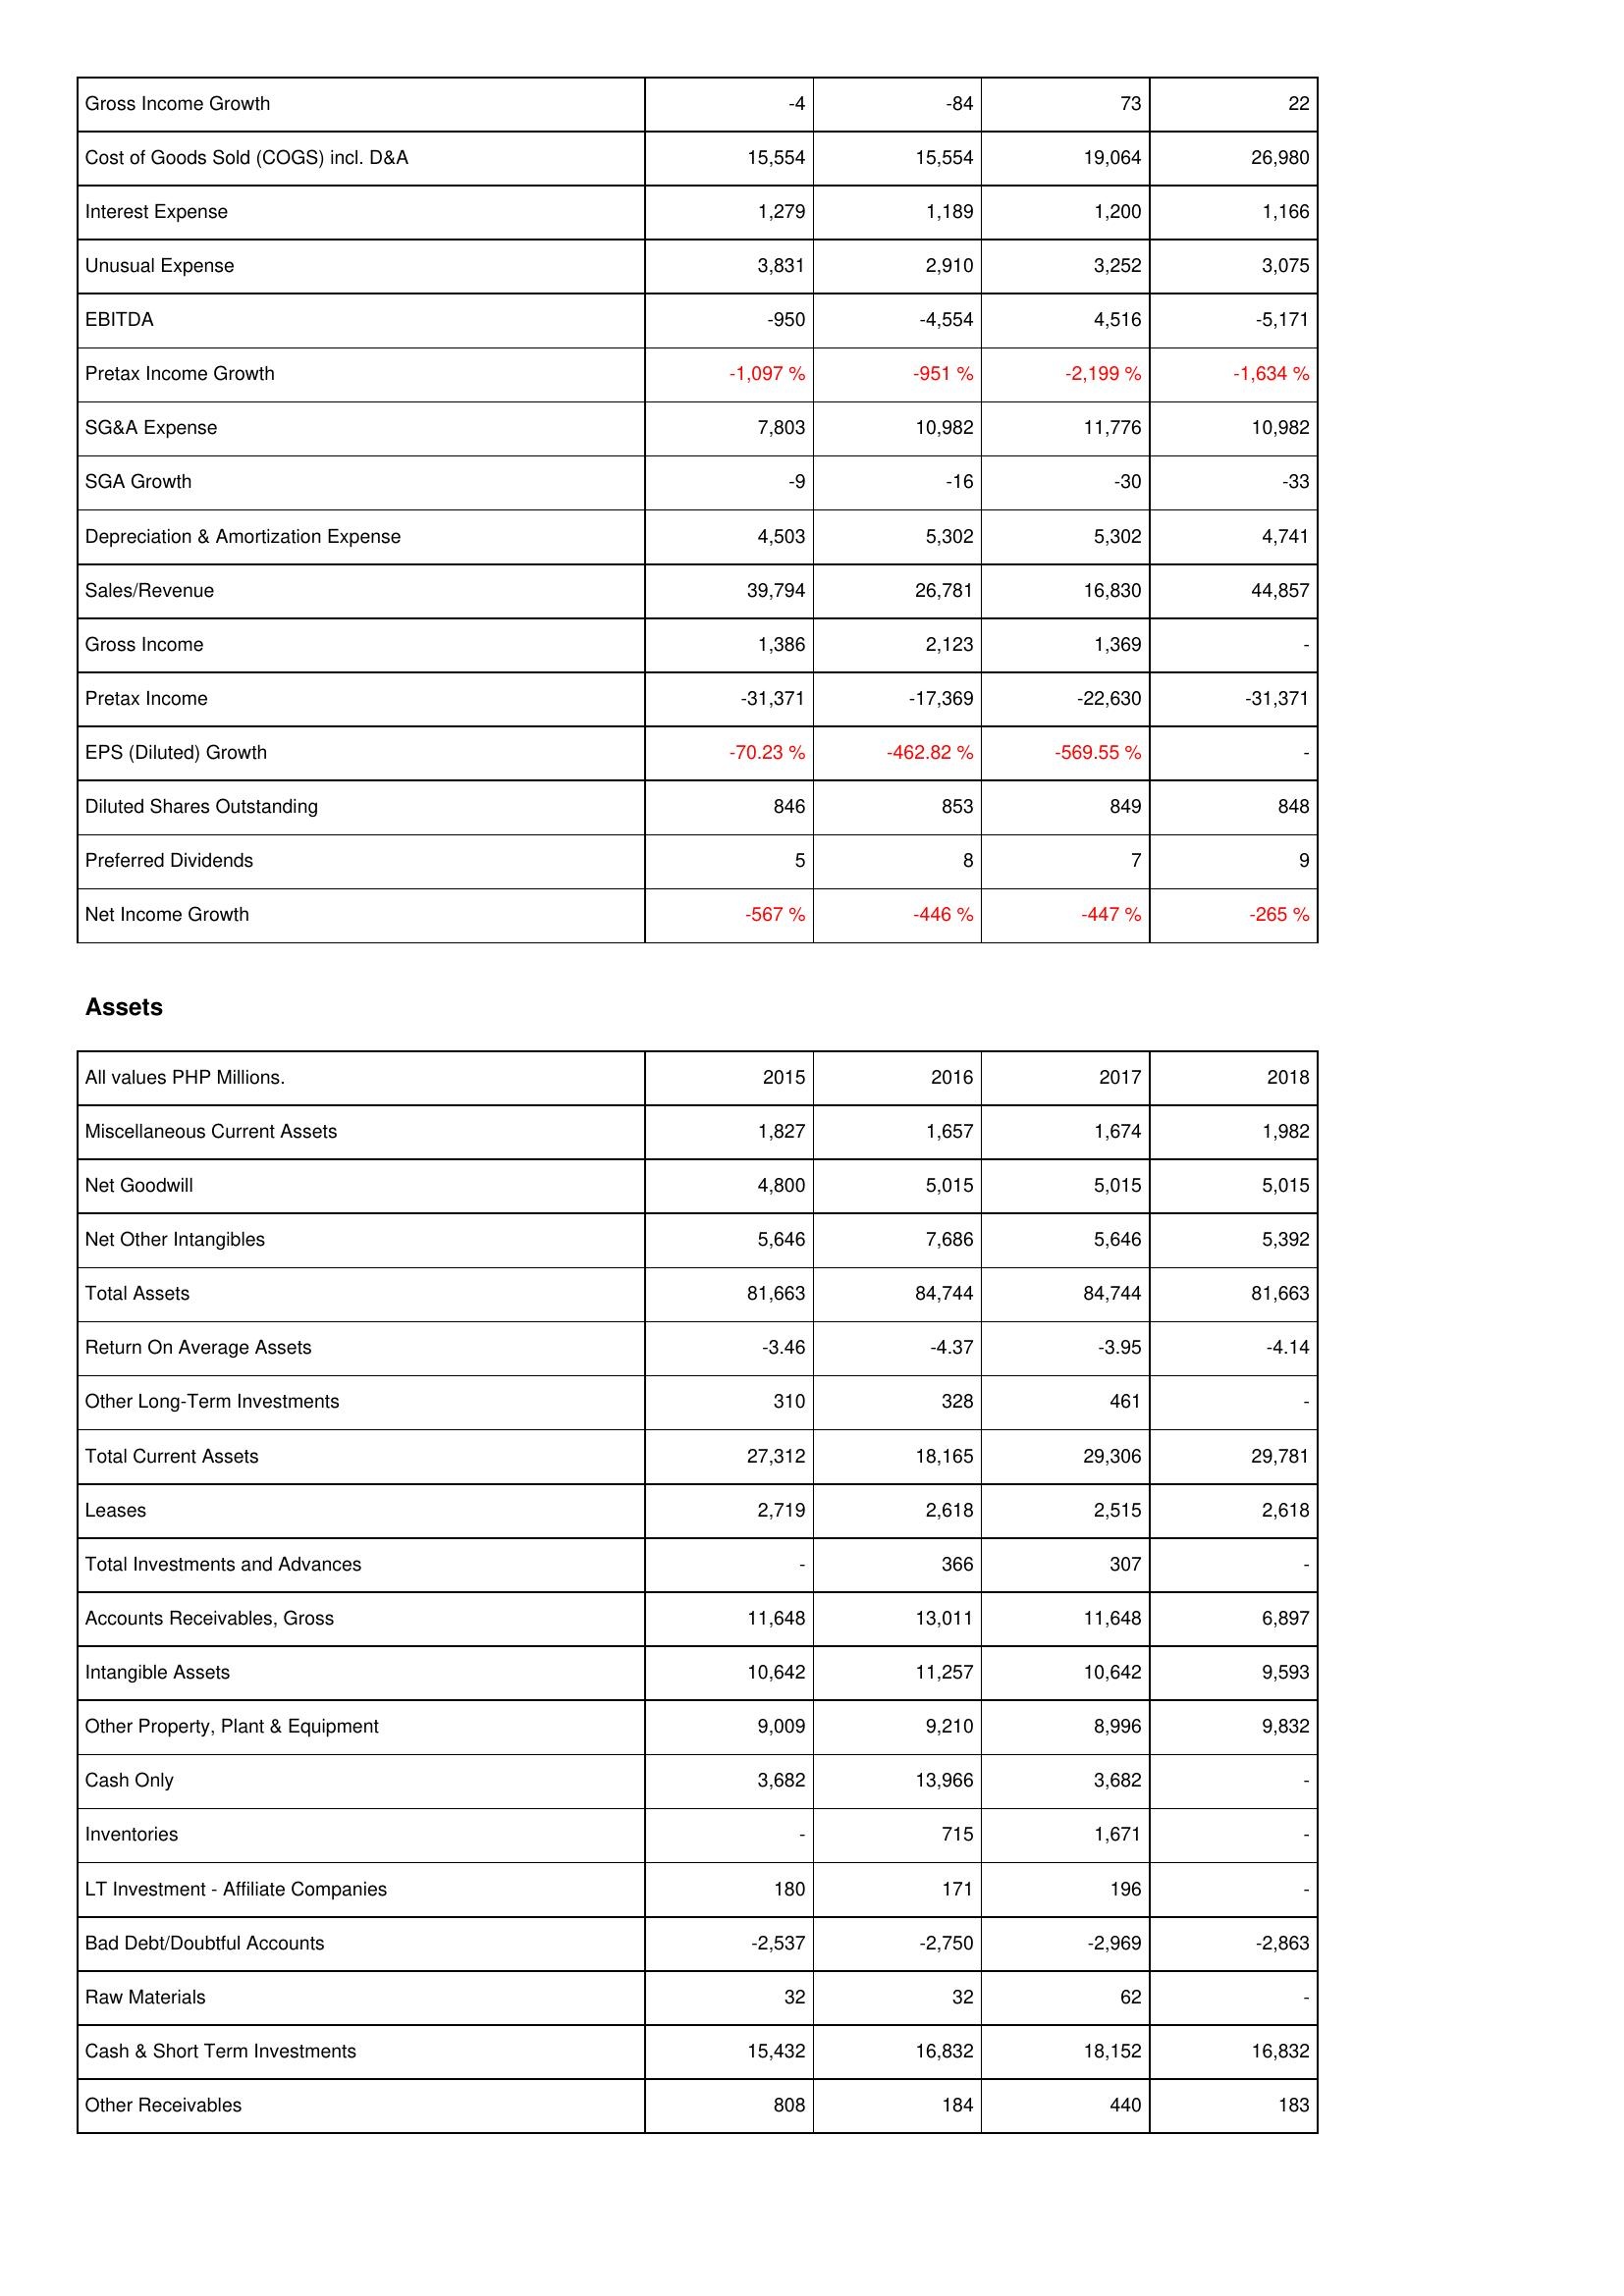
2015: Income Statement: Gross Income Growth: -4
Cost of Goods Sold (COGS) incl. D&A: 15,554
Interest Expense: 1,279
Unusual Expense: 3,831
EBITDA: -950
Pretax Income Growth: -1,097 %
SG&A Expense: 7,803
SGA Growth: -9
Depreciation & Amortization Expense: 4,503
Sales/Revenue: 39,794
Gross Income: 1,386
Pretax Income: -31,371
EPS (Diluted) Growth: -70.23 %
Diluted Shares Outstanding: 846
Preferred Dividends: 5
Net Income Growth: -567 %
Assets: Miscellaneous Current Assets: 1,827
Net Goodwill: 4,800
Net Other Intangibles: 5,646
Total Assets: 81,663
Return On Average Assets: -3.46
Other Long-Term Investments: 310
Total Current Assets: 27,312
Leases: 2,719
Total Investments and Advances: -
Accounts Receivables, Gross: 11,648
Intangible Assets: 10,642
Other Property, Plant & Equipment: 9,009
Cash Only: 3,682
Inventories: -
LT Investment - Affiliate Companies: 180
Bad Debt/Doubtful Accounts: -2,537
Raw Materials: 32
Cash & Short Term Investments: 15,432
Other Receivables: 808
2016: Income Statement: Gross Income Growth: -84
Cost of Goods Sold (COGS) incl. D&A: 15,554
Interest Expense: 1,189
Unusual Expense: 2,910
EBITDA: -4,554
Pretax Income Growth: -951 %
SG&A Expense: 10,982
SGA Growth: -16
Depreciation & Amortization Expense: 5,302
Sales/Revenue: 26,781
Gross Income: 2,123
Pretax Income: -17,369
EPS (Diluted) Growth: -462.82 %
Diluted Shares Outstanding: 853
Preferred Dividends: 8
Net Income Growth: -446 %
Assets: Miscellaneous Current Assets: 1,657
Net Goodwill: 5,015
Net Other Intangibles: 7,686
Total Assets: 84,744
Return On Average Assets: -4.37
Other Long-Term Investments: 328
Total Current Assets: 18,165
Leases: 2,618
Total Investments and Advances: 366
Accounts Receivables, Gross: 13,011
Intangible Assets: 11,257
Other Property, Plant & Equipment: 9,210
Cash Only: 13,966
Inventories: 715
LT Investment - Affiliate Companies: 171
Bad Debt/Doubtful Accounts: -2,750
Raw Materials: 32
Cash & Short Term Investments: 16,832
Other Receivables: 184
2017: Income Statement: Gross Income Growth: 73
Cost of Goods Sold (COGS) incl. D&A: 19,064
Interest Expense: 1,200
Unusual Expense: 3,252
EBITDA: 4,516
Pretax Income Growth: -2,199 %
SG&A Expense: 11,776
SGA Growth: -30
Depreciation & Amortization Expense: 5,302
Sales/Revenue: 16,830
Gross Income: 1,369
Pretax Income: -22,630
EPS (Diluted) Growth: -569.55 %
Diluted Shares Outstanding: 849
Preferred Dividends: 7
Net Income Growth: -447 %
Assets: Miscellaneous Current Assets: 1,674
Net Goodwill: 5,015
Net Other Intangibles: 5,646
Total Assets: 84,744
Return On Average Assets: -3.95
Other Long-Term Investments: 461
Total Current Assets: 29,306
Leases: 2,515
Total Investments and Advances: 307
Accounts Receivables, Gross: 11,648
Intangible Assets: 10,642
Other Property, Plant & Equipment: 8,996
Cash Only: 3,682
Inventories: 1,671
LT Investment - Affiliate Companies: 196
Bad Debt/Doubtful Accounts: -2,969
Raw Materials: 62
Cash & Short Term Investments: 18,152
Other Receivables: 440
2018: Income Statement: Gross Income Growth: 22
Cost of Goods Sold (COGS) incl. D&A: 26,980
Interest Expense: 1,166
Unusual Expense: 3,075
EBITDA: -5,171
Pretax Income Growth: -1,634 %
SG&A Expense: 10,982
SGA Growth: -33
Depreciation & Amortization Expense: 4,741
Sales/Revenue: 44,857
Gross Income: -
Pretax Income: -31,371
EPS (Diluted) Growth: -
Diluted Shares Outstanding: 848
Preferred Dividends: 9
Net Income Growth: -265 %
Assets: Miscellaneous Current Assets: 1,982
Net Goodwill: 5,015
Net Other Intangibles: 5,392
Total Assets: 81,663
Return On Average Assets: -4.14
Other Long-Term Investments: -
Total Current Assets: 29,781
Leases: 2,618
Total Investments and Advances: -
Accounts Receivables, Gross: 6,897
Intangible Assets: 9,593
Other Property, Plant & Equipment: 9,832
Cash Only: -
Inventories: -
LT Investment - Affiliate Companies: -
Bad Debt/Doubtful Accounts: -2,863
Raw Materials: -
Cash & Short Term Investments: 16,832
Other Receivables: 183